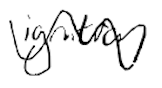
Text: ignition
Cross-out: wave
Writing tool: digital_black